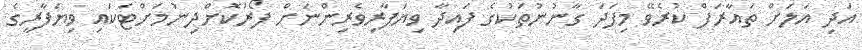
އަދި އަލަށް ތައާރަފް ކުރެވޭ މިފަދަ ގާނުނުތަކުގެ ފައިދާ ވިޔަފާރިވެރިންނަށް ފޯރުކޮށްދިނުމަށްޓަކައި ވިޔަފާރީގެ